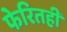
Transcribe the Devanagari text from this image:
फेरितही